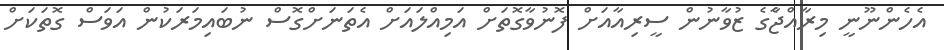
އެހެންނޫނީ މިރާއްޖާެގެ ޒުވާނުން ސީރިއާއަށް ފޮނުވާގޮތަށް އަމިއްލައަށް އެތަނަށްގޮސް ނުބައިމަރަކުން އަވަސް ގޮތަކަށް